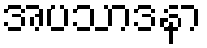
အပသာဒနာ